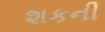
શકની